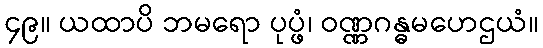
၄၉။ ယထာပိ ဘမရော ပုပ္ဖံ၊ ဝဏ္ဏဂန္ဓမဟေဌယံ။